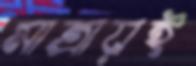
মাত্রায়ই